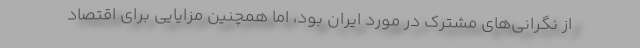
از نگرانی‌های مشترک در مورد ایران بود، اما همچنین مزایایی برای اقتصاد